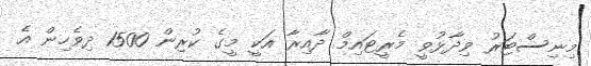
މިނިސްޓަރު ވިދާޅުވީ މެރީޓައިމް ދާއިރާ އަކީ މީގެ ކުރިން 1500 ދިވެހިން އެ